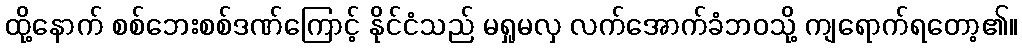
ထို့နောက် စစ်ဘေးစစ်ဒဏ်ကြောင့် နိုင်ငံသည် မရှုမလှ လက်အောက်ခံဘဝသို့ ကျရောက်ရတော့၏။